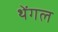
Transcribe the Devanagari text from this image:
थेंगल